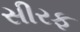
સીરફ